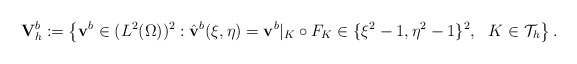
\begin{align*}\mathbf V_{h}^{b}:=\left\{\mathbf v^{b}\in (L^{2}(\Omega))^2:\hat{\mathbf v}^{b}(\xi,\eta)=\mathbf v^{b}|_{K}\circ F_{K}\in \{\xi^2-1,\eta^2-1\}^2,\ \ K\in\mathcal{T}_{h}\right\}.\end{align*}